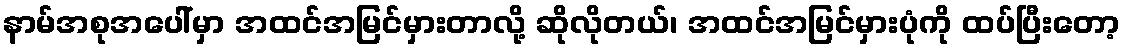
နာမ်အစုအပေါ်မှာ အထင်အမြင်မှားတာလို့ ဆိုလိုတယ်၊ အထင်အမြင်မှားပုံကို ထပ်ပြီးတော့